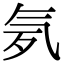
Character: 𣱚